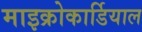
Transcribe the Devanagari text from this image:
माइक्रोकार्डियाल